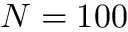
N = 1 0 0